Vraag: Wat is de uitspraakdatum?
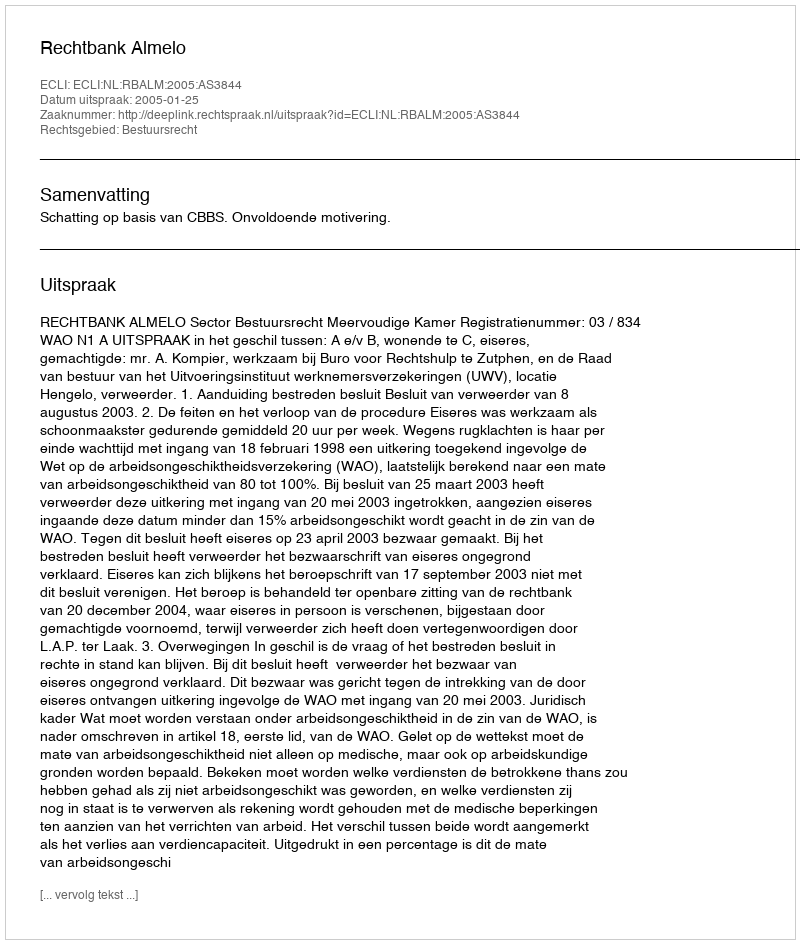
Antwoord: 2005-01-25